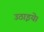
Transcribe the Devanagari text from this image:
उठाइये।